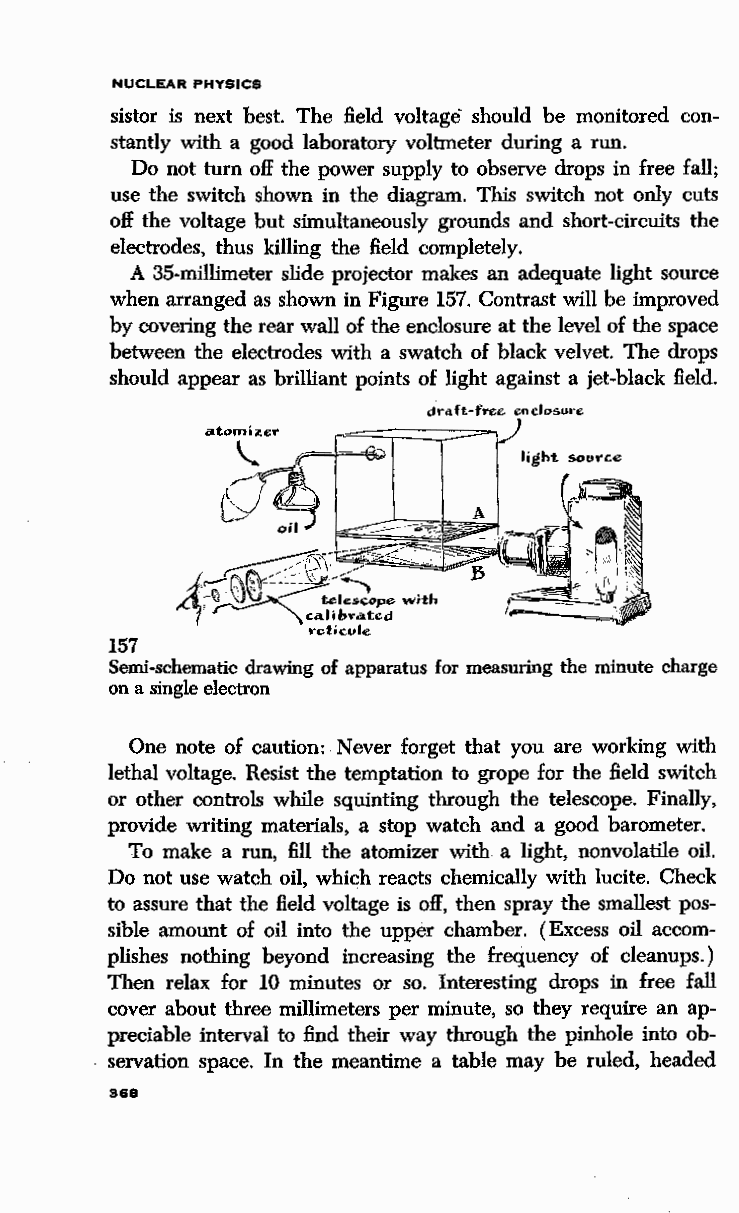
NUCLEAR PHYSICS
 sistor is next best. The field voltage should be monitored con
 stantly with a good laboratory voltmeter during a run.
 Do not turn off the power supply to observe drops in free fall;
 use the switch shown in the diagram. This switch not only cuts
 off the voltage but simultaneously grounds and short-circuits the
 electrodes, thus killing the field completely.
 A 35-millimeter slide projector makes an adequate light source
 when arranged as shown in Figure 157. Contrast will be improved
 by covering the rear wall of the enclosure at the level of the space
 between the electrodes with a swatch of black velvet. The drops
 should appear as brilliant points of light against a jet-black field.
 draft-free. cnclosut·e
 ;===::;::::==:::;::::=:==-,,.}
 atomizer
 \.. if             light source
 G~\
 ;J;;J
 157
 Semi-schematic drawing of apparatus for measuring the minute charge
 on a single electron
 One note of caution: Never forget that you are working with
 lethal voltage. Resist the temptation to grope for the field switch
 or other controls while squinting through the telescope. Finally,
 provide writing materials, a stop watch and a good barometer.
 To make a run, fill the atomizer with a light, nonvolatile oil.
 Do not use watch oil, which reacts chemically with lucite. Check
 to assure that the field voltage is off, then spray the smallest pos
 sible amount of oil into the upper chamber. (Excess oil accom
 plishes nothing beyond increasing the frequency of cleanups. )
 Then relax for 10 minutes or so. Interesting drops in free fall
 cover about three millimeters per minute, so they require an ap
 preciable interval to find their way through the pinhole into ob
 servation space. In the meantime a table may be ruled, headed
 368